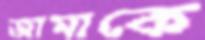
জামাকে